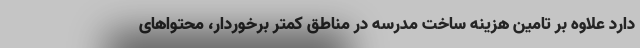
دارد علاوه بر تامین هزینه ساخت مدرسه در مناطق کمتر برخوردار، محتواهای